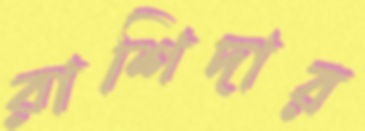
রাশিদার